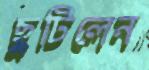
ছুটিলেন